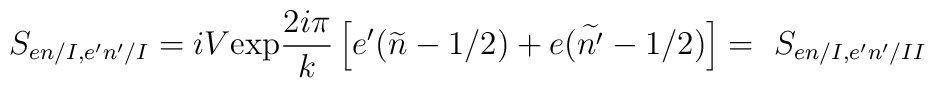
S_{en/I,e'n'/I}=iV\mbox{exp}\frac{2i\pi}{k}\left[e'(\widetilde{n}-1/2)+e(\widetilde{n'}-1/2)\right]=\ S_{en/I,e'n'/II}